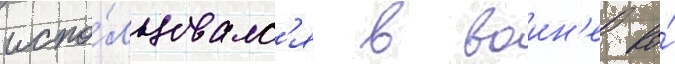
испо́льзовалс'я в воин'е во́